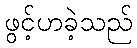
ဖွင့်ဟခဲ့သည်